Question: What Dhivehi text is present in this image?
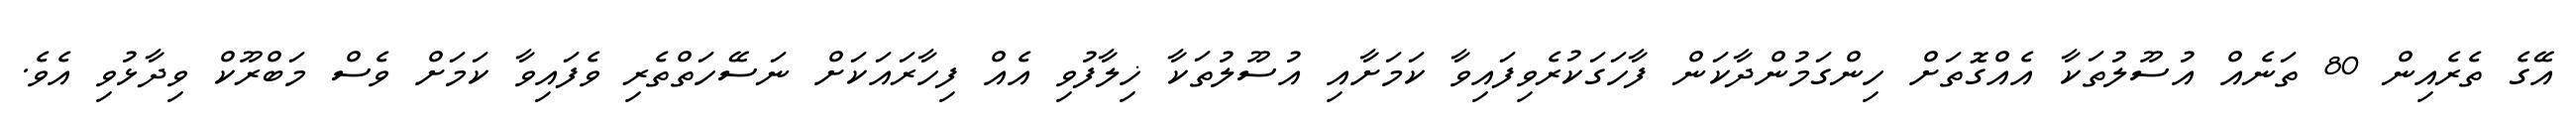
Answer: އޭގެ ތެރެއިން 80 ތަނެއް އުސޫލުތަކާ އެއްގޮތަށް ހިންގަމުންދާކަން ފާހަގަކުރެވިފައިވާ ކަމަށާއި އުސޫލުތަކާ ޚިލާފުވި އެއް ފިހާރައަކަށް ނަސޭހަތްތެރި ވެފައިވާ ކަމަށް ވެސް މަބްރޫކް ވިދާޅުވި އެވެ.